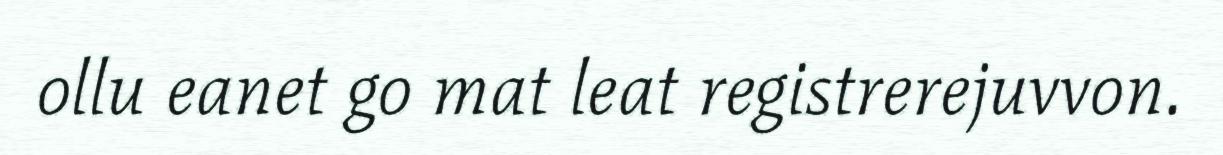
ollu eanet go mat leat registrerejuvvon.